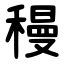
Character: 䅼